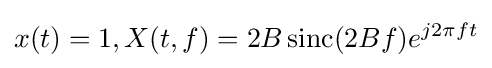
x(t)=1,X(t,f)=2B\operatorname {sinc} (2Bf)e^{j2\pi ft}